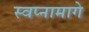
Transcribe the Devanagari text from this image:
स्वप्नामागे